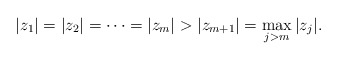
\begin{align*} |z_1|=|z_2|=\cdots=|z_m|>|z_{m+1}|=\max_{j>m}|z_j|. \end{align*}